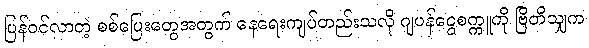
ပြန်ဝင်လာတဲ့ စစ်ပြေးတွေအတွက် နေရေးကျပ်တည်းသလို ဂျပန်ငွေစက္ကူကို ဗြိတိသျှက